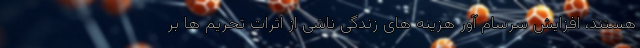
هستند، افزایش سرسام آور هزینه های زندگی ناشی از اثرات تحریم ها بر